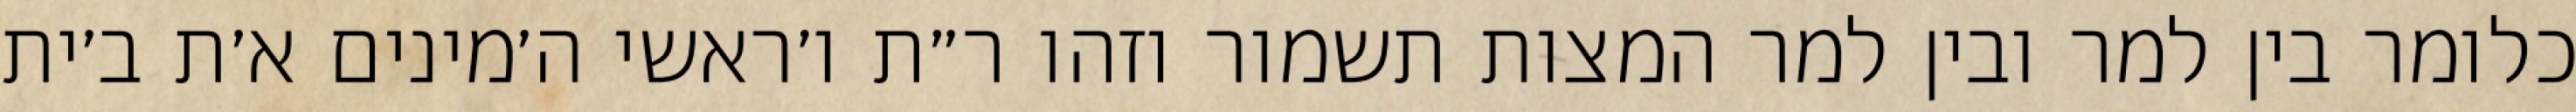
כלומר בין למר ובין למר המצות תשמור וזהו ר״ת ו׳ראשי ה׳מינים א׳ת ב׳ית